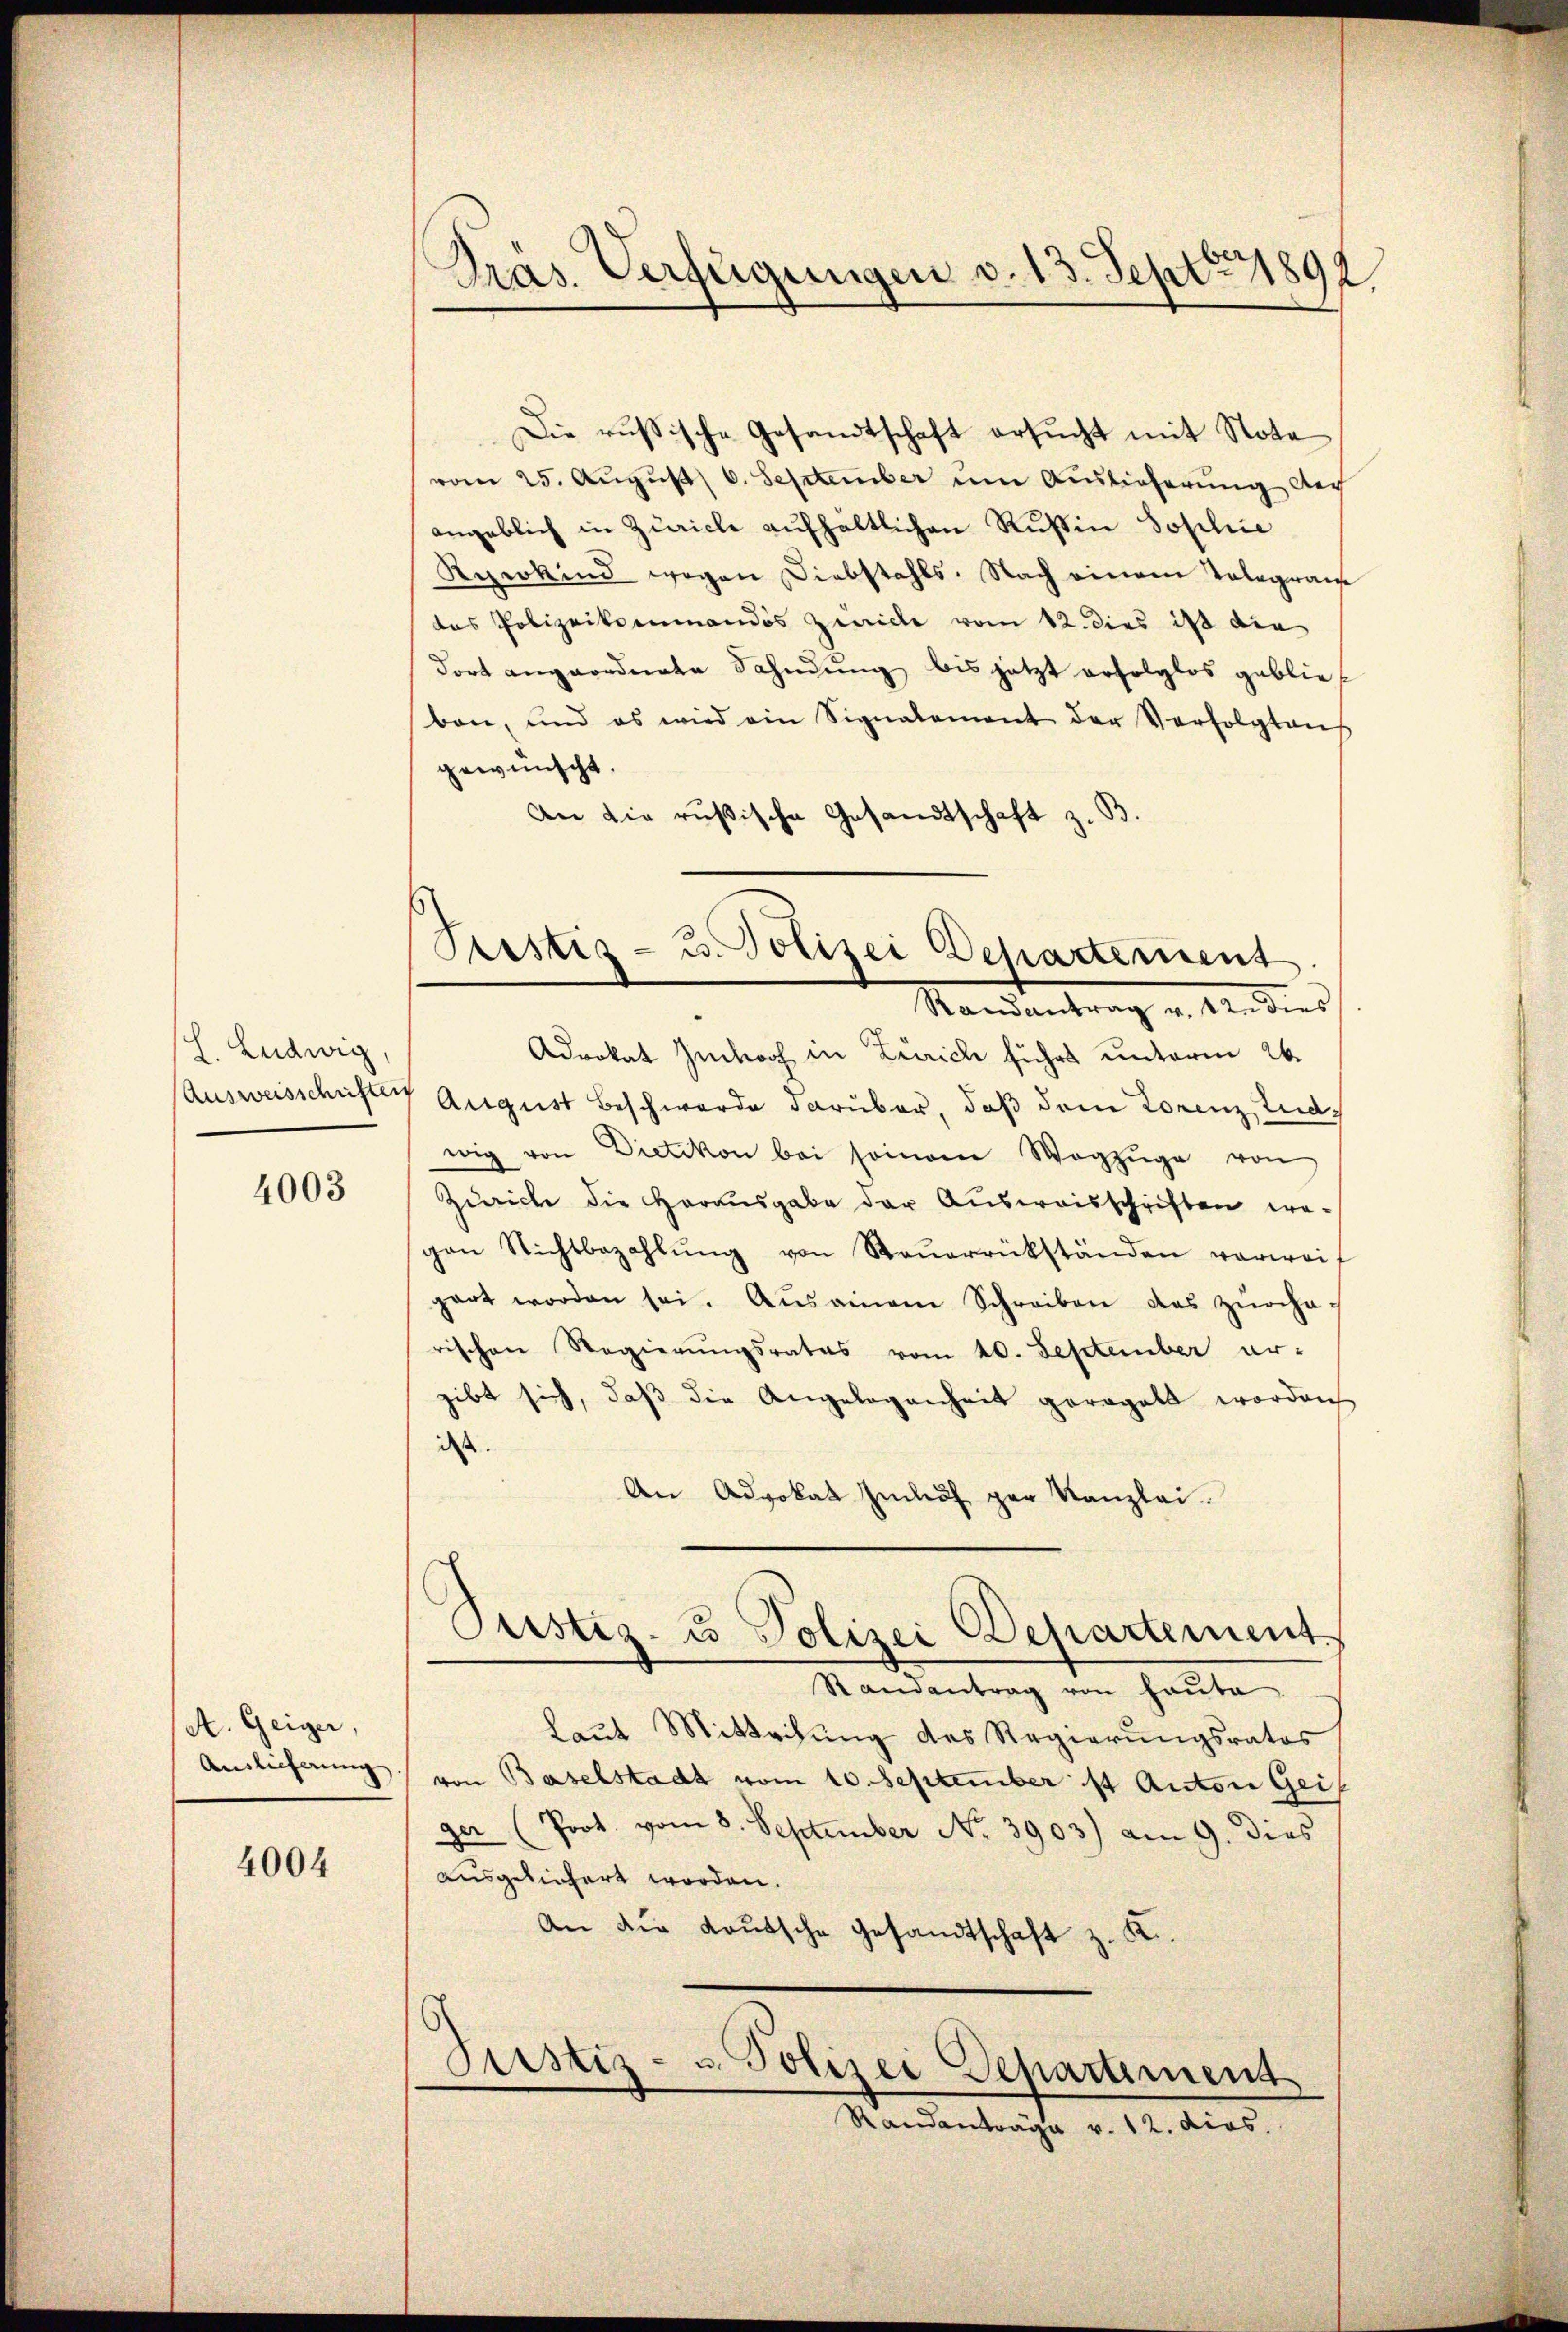
L. Ludwig,

4003

A. Geiger,
Annlicherung

4004

Pras. Verfügungen v. 13. Sept 1892

Die russische Gesandtschaft ersucht mit Note
vom 25. Aŭgŭst 6. September um Auslieferung doch
angeblich in Zürich aufhältlichen Rußin Soplice
Reerkind wegen Diebstahls. Nach einem Telegram
das Polizeikommandos Zwicke vom 12. dies ist die
dort angeordnete Fahndŭng bis jetzt erfolglos gebliebon, und es wird ein Signalement der Verfolgtaŭs
gewünscht
An die russische Gesandtschaft z. B.
Randantrag v. 12. dies
Advokat Imhoch in Zürich führt unterm 26.
Ausweisschriften August beschwerde darüber, daß dem Lorenz Tudwig von Dietikon bei seinem Wegzŭge von
Zürich die Herausgabe der Ausweisschriften we
gen Nichtbezahlŭng von Steŭerrückständen verweif
gart worden sei. Aŭsainem Schreiben das zürche
rischen Regierungsrates vom 20. September er-
gibt sich, daβ die Angelegenheit geregelt worden
dass
An Advokat Zusch per Kanzlei.
Justiz- u Polizei Departement.
Randantrag von Hauta
Laut Mittachung des Regierungsrates
von Baselstadt vom 10. September 14 Anton Geis
ger (Poot vom 8. September No. 3903) am 9. dies
ausgeliefert worden.
An der Kaŭtsche Gesandtschaft z. K.

Tristiz- u. Polizei Departement

Justiz- u. Polizei Departement
Randanträge v. 12. dies.